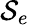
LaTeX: \mathcal{S}_{e}